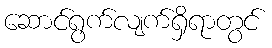
ဆောင်ရွက်လျက်ရှိရာတွင်